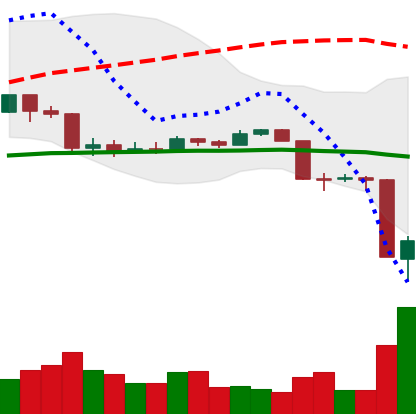
Ticker: EOS-USD
Chart end date: 2020-03-13
Forward return: -7.439%
Label: down_7plus